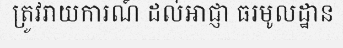
ត្រូវរាយការណ៍ ដល់អាជ្ញា ធរមូលដ្ឋាន